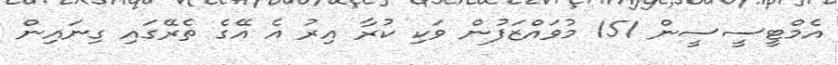
އެމްޓީސީސީން 151 މުވައްޒަފުން ވަކި ކުރާ އިރު އެ އޭގެ ތެރޭގައި ގިނައިން